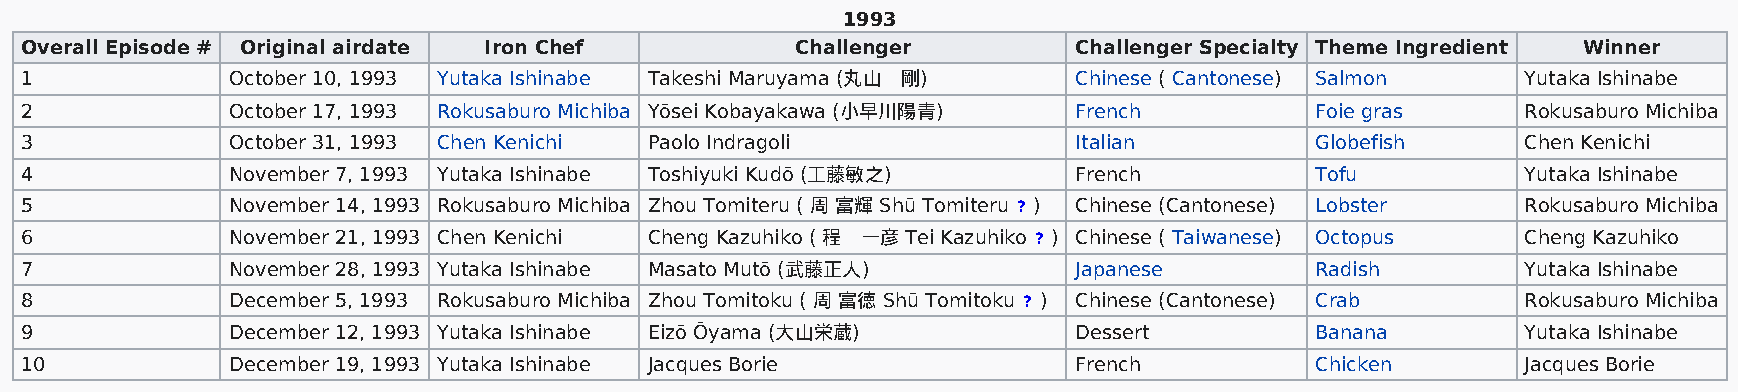
1993
 Overall Episode # Original airdate Iron Chef        Challenger        Challenger Specialty Theme Ingredient Winner
 1             October 10, 1993 Yutaka Ishinabe Takeshi Maruyama (丸山 剛) Chinese ( Cantonese) Salmon  Yutaka Ishinabe
 2             October 17, 1993 Rokusaburo Michiba Yōsei Kobayakawa (小早川陽青) French     Foie gras     Rokusaburo Michiba
 3             October 31, 1993 Chen Kenichi Paolo Indragoli           Italian         Globefish     Chen Kenichi
 4             November 7, 1993 Yutaka Ishinabe Toshiyuki Kudō (工藤敏之)  French          Tofu          Yutaka Ishinabe
 5             November 14, 1993 Rokusaburo Michiba Zhou Tomiteru ( 周 富輝 Shū Tomiteru ? ) Chinese (Cantonese) Lobster Rokusaburo Michiba
 6             November 21, 1993 Chen Kenichi Cheng Kazuhiko ( 程 一彦 Tei Kazuhiko ? ) Chinese ( Taiwanese) Octopus Cheng Kazuhiko
 7             November 28, 1993 Yutaka Ishinabe Masato Mutō (武藤正人)    Japanese        Radish        Yutaka Ishinabe
 8             December 5, 1993 Rokusaburo Michiba Zhou Tomitoku ( 周 富徳 Shū Tomitoku ? ) Chinese (Cantonese) Crab Rokusaburo Michiba
 9             December 12, 1993 Yutaka Ishinabe Eizō Ōyama (大山栄蔵)     Dessert         Banana        Yutaka Ishinabe
 10            December 19, 1993 Yutaka Ishinabe Jacques Borie         French          Chicken       Jacques Borie